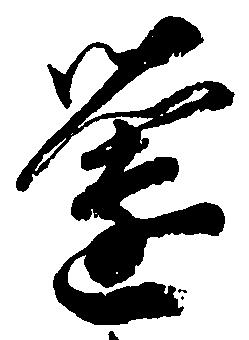
薗